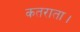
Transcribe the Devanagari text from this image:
कतराता।